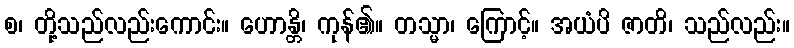
စ၊ တို့သည်လည်းကောင်း။ ဟောန္တိ၊ ကုန်၏။ တသ္မာ၊ ကြောင့်။ အယံပိ ဇာတိ၊ သည်လည်း။